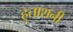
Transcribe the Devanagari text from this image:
हुताशनी